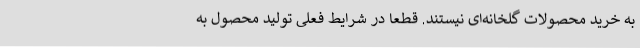
به خرید محصولات گلخانه‌ای نیستند. قطعا در شرایط فعلی تولید محصول به